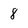
Character: 8